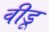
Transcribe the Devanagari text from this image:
वीडू